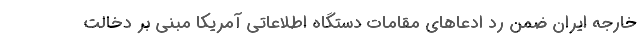
خارجه ایران ضمن رد ادعاهای مقامات دستگاه اطلاعاتی آمریکا مبنی بر دخالت